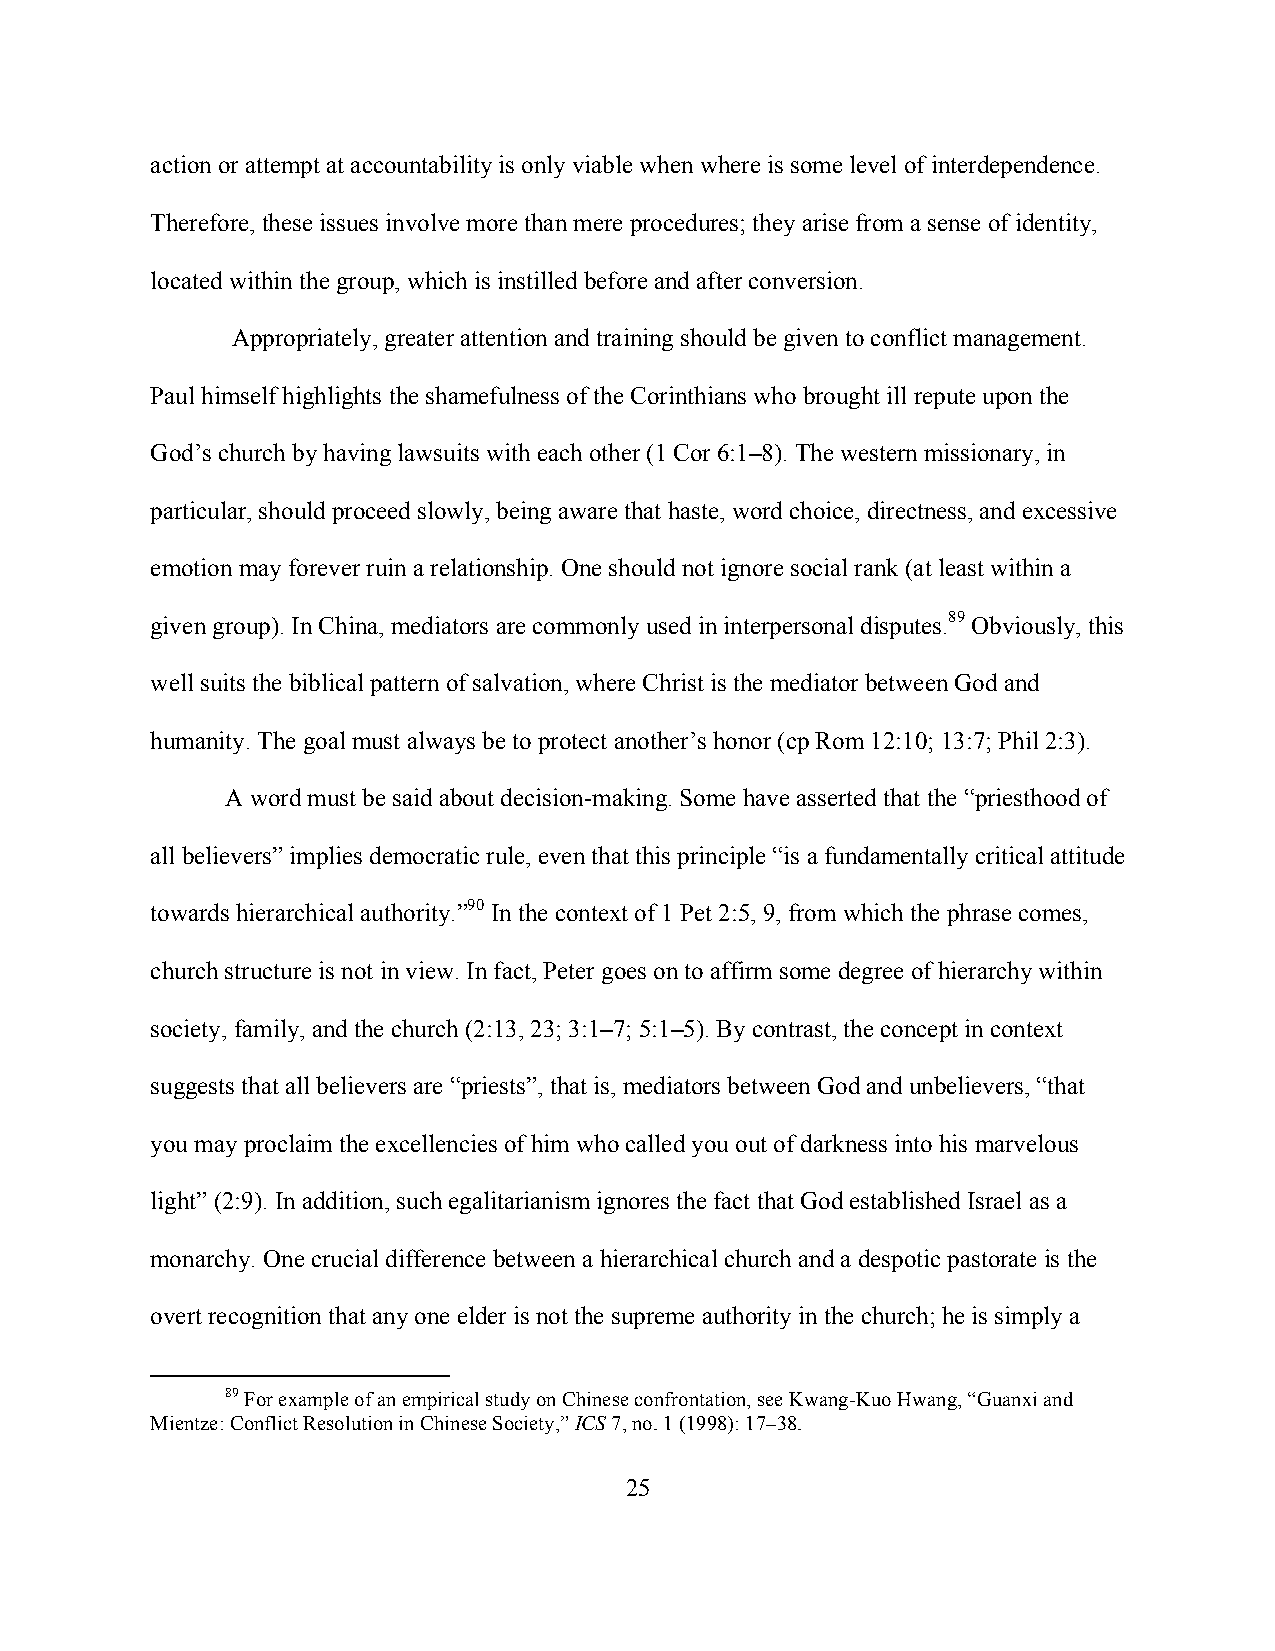
action or attempt at accountability is only viable when where is some level of interdependence.
 Therefore, these issues involve more than mere procedures; they arise from a sense of identity,
 located within the group, which is instilled before and after conversion.
 Appropriately, greater attention and training should be given to conflict management.
 Paul himself highlights the shamefulness of the Corinthians who brought ill repute upon the
 God’s church by having lawsuits with each other (1 Cor 6:1–8). The western missionary, in
 particular, should proceed slowly, being aware that haste, word choice, directness, and excessive
 emotion may forever ruin a relationship. One should not ignore social rank (at least within a
 given group). In China, mediators are commonly used in interpersonal disputes.89 Obviously, this
 well suits the biblical pattern of salvation, where Christ is the mediator between God and
 humanity. The goal must always be to protect another’s honor (cp Rom 12:10; 13:7; Phil 2:3).
 A word must be said about decision-making. Some have asserted that the “priesthood of
 all believers” implies democratic rule, even that this principle “is a fundamentally critical attitude
 towards hierarchical authority.”90 In the context of 1 Pet 2:5, 9, from which the phrase comes,
 church structure is not in view. In fact, Peter goes on to affirm some degree of hierarchy within
 society, family, and the church (2:13, 23; 3:1–7; 5:1–5). By contrast, the concept in context
 suggests that all believers are “priests”, that is, mediators between God and unbelievers, “that
 you may proclaim the excellencies of him who called you out of darkness into his marvelous
 light” (2:9). In addition, such egalitarianism ignores the fact that God established Israel as a
 monarchy. One crucial difference between a hierarchical church and a despotic pastorate is the
 overt recognition that any one elder is not the supreme authority in the church; he is simply a
 89 For example of an empirical study on Chinese confrontation, see Kwang-Kuo Hwang, “Guanxi and
 Mientze: Conflict Resolution in Chinese Society,” ICS 7, no. 1 (1998): 17–38.
 25